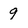
Character: 9